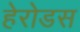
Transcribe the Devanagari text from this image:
हेरोडस